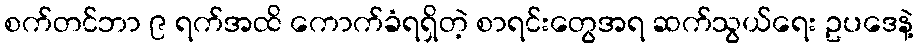
စက်တင်ဘာ ၉ ရက်အထိ ကောက်ခံရရှိတဲ့ စာရင်းတွေအရ ဆက်သွယ်ရေး ဥပဒေနဲ့